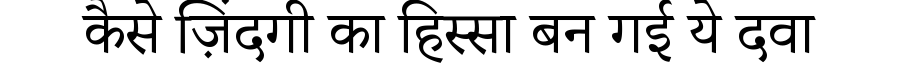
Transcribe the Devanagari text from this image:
कैसे ज़िंदगी का हिस्सा बन गई ये दवा